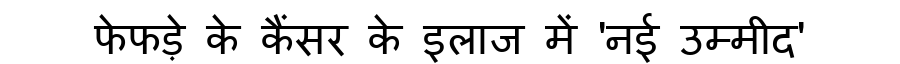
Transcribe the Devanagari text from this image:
फेफड़े के कैंसर के इलाज में 'नई उम्मीद'